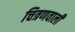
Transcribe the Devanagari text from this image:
चित्रणवाली